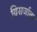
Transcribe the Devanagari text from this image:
विसर्जावा